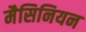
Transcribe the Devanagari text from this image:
मैसिनियन